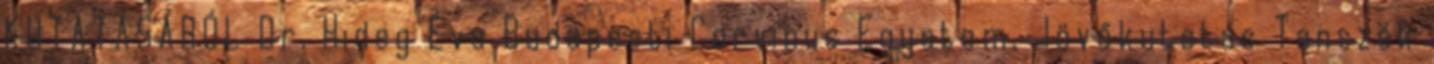
KUTATÁSÁRÓL Dr. Hideg Éva Budapesti Corvinus Egyetem, Jövőkutatás Tanszék